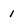
Character: 1